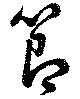
節